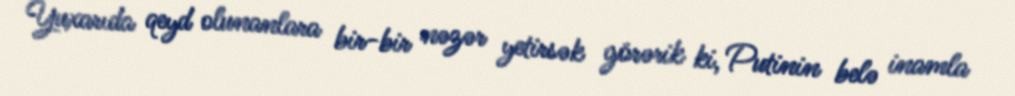
Yuxarıda qeyd olunanlara bir-bir nəzər yetirsək görərik ki, Putinin belə inamla